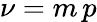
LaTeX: \nu=m\, p